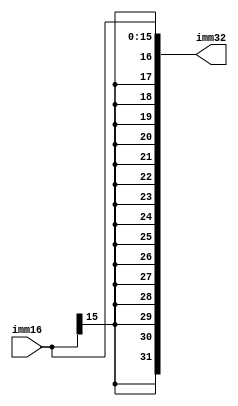
`timescale 1ns / 1ps
//////////////////////////////////////////////////////////////////////////////////
// Company: 
// Engineer: 
// 
// Design Name: 
// Module Name:    signextension_16 
// Project Name: 
// Target Devices: 
// Tool versions: 
// Description: 
//
// Dependencies: 
//
// Revision: 
// Revision 0.01 - File Created
// Additional Comments: 
//
//////////////////////////////////////////////////////////////////////////////////
module signextension_16(input [15:0] imm16, output  [31:0] imm32);

	assign imm32[31:0] = { {16{imm16[15]}},imm16[15:0] };


endmodule